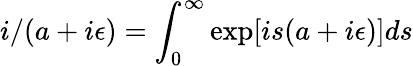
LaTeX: i/(a+i\epsilon)=\int_{0}^{\infty}\exp[is(a+i\epsilon)]ds